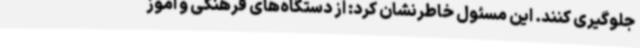
جلوگیری کنند. این مسئول خاطرنشان کرد: از دستگاه‌های فرهنگی و آموز